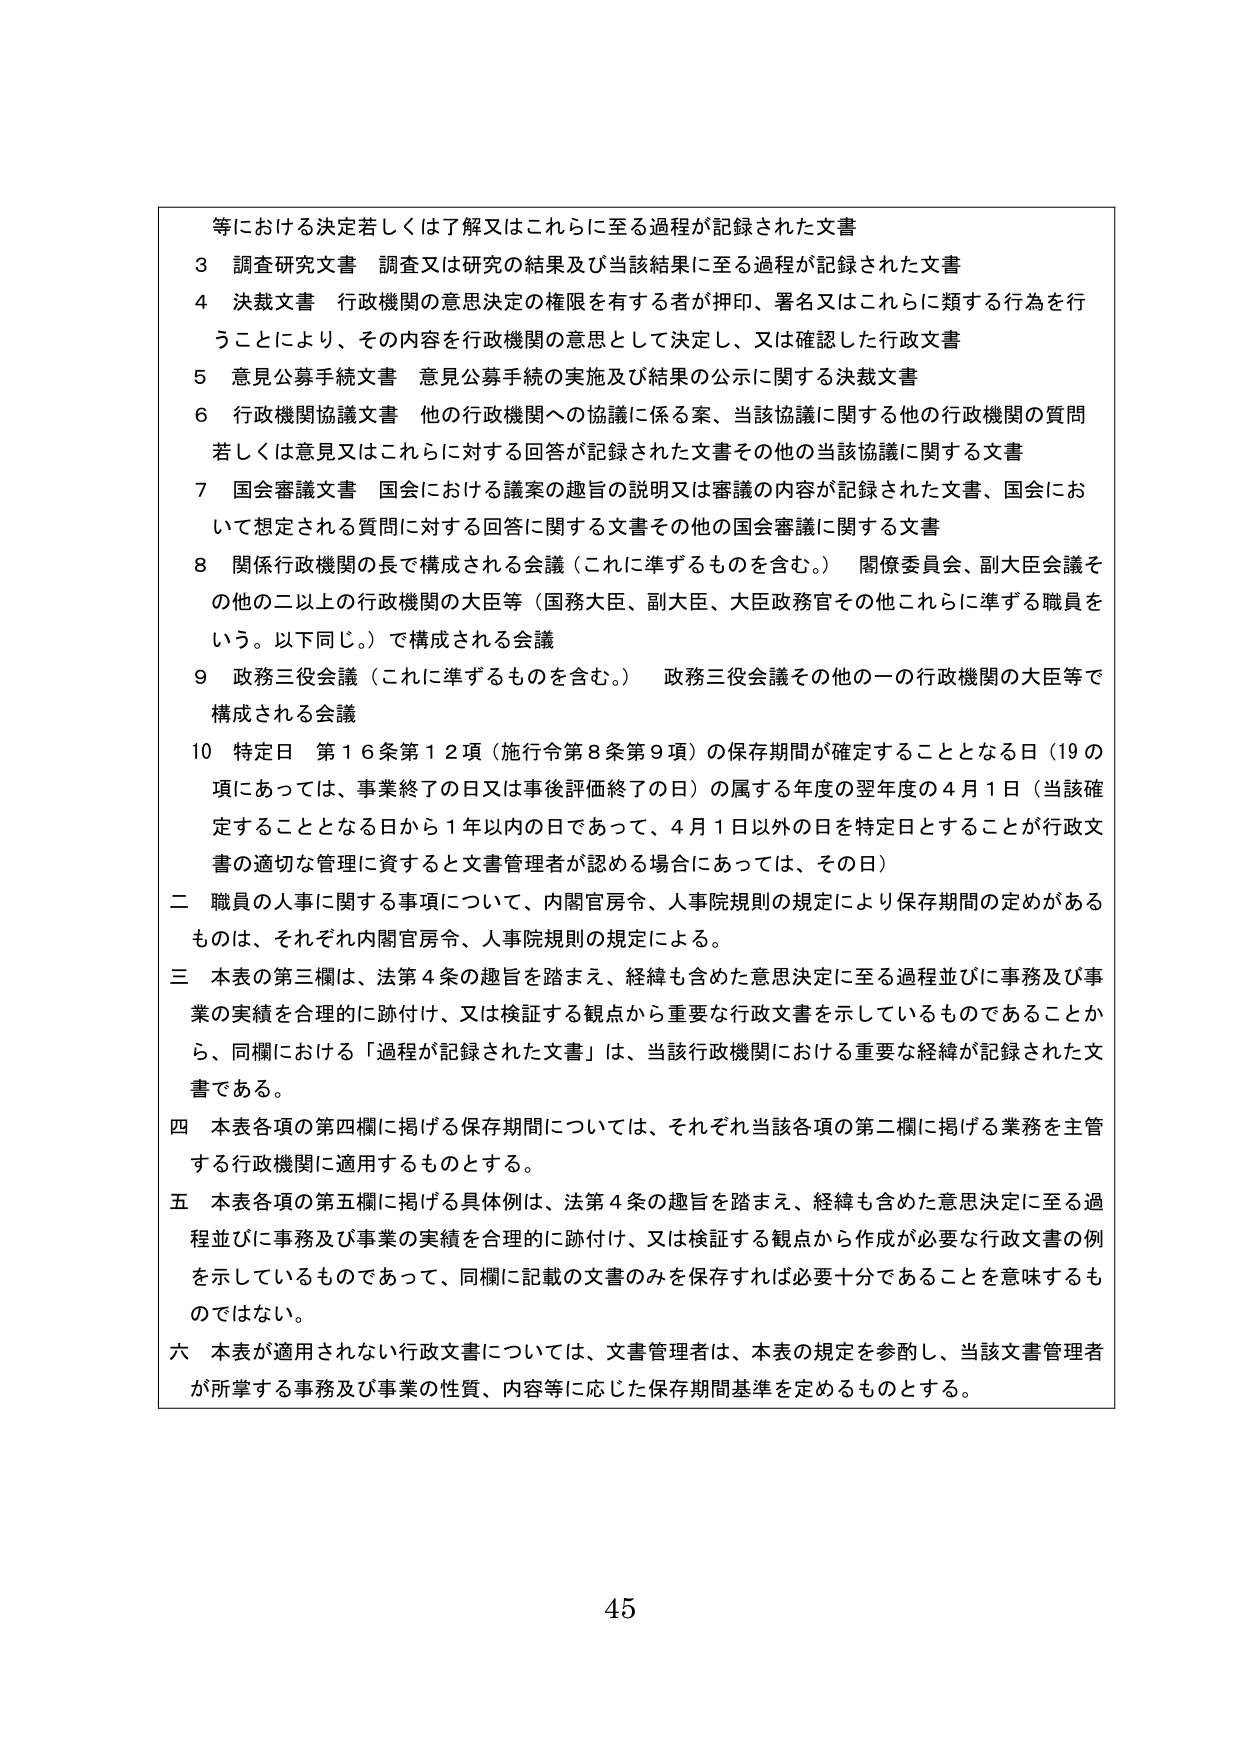
等における決定若しくは了解又はこれらに至る過程が記録された文書
3 調査研究文書 調査又は研究の結果及び当該結果に至る過程が記録された文書
4 決裁文書 行政機関の意思決定の権限を有する者が押印、署名又はこれらに類する行為を行うことにより、その内容を行政機関の意思として決定し、又は確認した行政文書
5 意見公募手続文書 意見公募手続の実施及び結果の公示に関する決裁文書
6 行政機関協議文書 他の行政機関への協議に係る案、当該協議に関する他の行政機関の質問若しくは意見又はこれらに対する回答が記録された文書その他の当該協議に関する文書
7 国会審議文書 国会における議案の趣旨の説明又は審議の内容が記録された文書、国会において想定される質問に対する回答に関する文書その他の国会審議に関する文書
8 関係行政機関の長で構成される会議（これに準ずるものを含む。） 関係委員会、副大臣会議その他の二以上の行政機関の大臣等（国務大臣、副大臣、大臣政務官その他これらに準ずる職員をいう。以下同じ。）で構成される会議
9 政務三役会議（これに準ずるものを含む。） 政務三役会議その他の一の行政機関の大臣等で構成される会議
10 特定日 第16条第12項（施行令第8条第9項）の保存期間が確定することとなる日（19の項にあっては、事業終了の日又は事後評価終了の日）の属する年度の翌年度の4月1日（当該確定することとなる日から1年以内の日であって、4月1日以外の日を特定日とすることが行政文書の適切な管理に資すると文書管理者が認める場合にあっては、その日）
二 職員の人事に関する事項について、内閣官房令、人事院規則の規定により保存期間の定めがあるものは、それぞれ内閣官房令、人事院規則の規定による。
三 本表の第三欄は、法第4条の趣旨を踏まえ、経緯も含めた意思決定に至る過程並びに事務及び事業の実績を合理的に跡付け、又は検証する観点から重要な行政文書を示しているものであることから、同欄における「過程が記録された文書」は、当該行政機関における重要な経緯が記録された文書である。
四 本表各項の第四欄に掲げる保存期間については、それぞれ当該各項の第二欄に掲げる業務を主管する行政機関に適用するものとする。
五 本表各項の第五欄に掲げる具体例は、法第4条の趣旨を踏まえ、経緯も含めた意思決定に至る過程並びに事務及び事業の実績を合理的に跡付け、又は検証する観点から作成が必要な行政文書の例を示しているものであって、同欄に記載の文書のみを保存すれば必要十分であることを意味するものではない。
六 本表が適用されない行政文書については、文書管理者は、本表の規定を参酌し、当該文書管理者が所掌する事務及び事業の性質、内容等に応じた保存期間基準を定めるものとする。
45